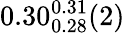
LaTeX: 0.30_{0.28}^{0.31}(2)